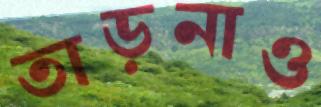
তাড়নাও